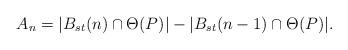
LaTeX: \begin{align*}A_n = |B_{st}(n) \cap \Theta(P)| - |B_{st}(n-1) \cap \Theta(P)|.\end{align*}